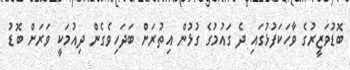
ބޮޑުވަޒީރުގެ ވާހަކަފުޅުގައި ދެ ގައުމުގެ ގުޅުން އިތުރަށް ބަދަހިވެގެން ދިއުމަކީ ވަރަށް ބޮޑު